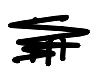
Text: in
Cross-out: scratch
Writing tool: digital_black